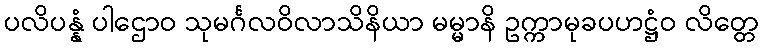
ပလိပန္နံ ပါဌောဝ သုမင်္ဂလဝိလာသိနိယာ မမ္မာနိ ဥက္ကာမုခပဟဋ္ဌံဝ လိတ္တေ